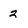
Character: 2